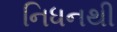
નિધનથી